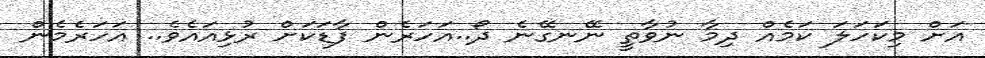
އަށް މިކަހަލަ ކަމެއް ދިމާ ނުވާތީ ނޭނގޭނެ ދޯ..އަހަރެން ފާޑަކަށް ރުޅިއައެވެ.. އަހަރެމެން